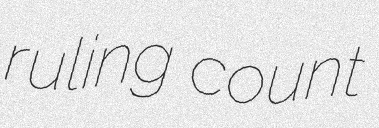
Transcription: ruling count